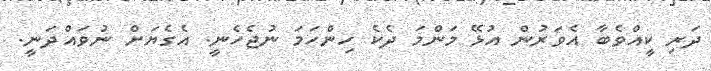
ދަރި ކީއްވެބާ އެވަރުން އުޅޭ މަންމަ ދެކެ ހިންހަމަ ނުޖެހެނީ. އެގެޔަށް ނުވައްދަނީ.